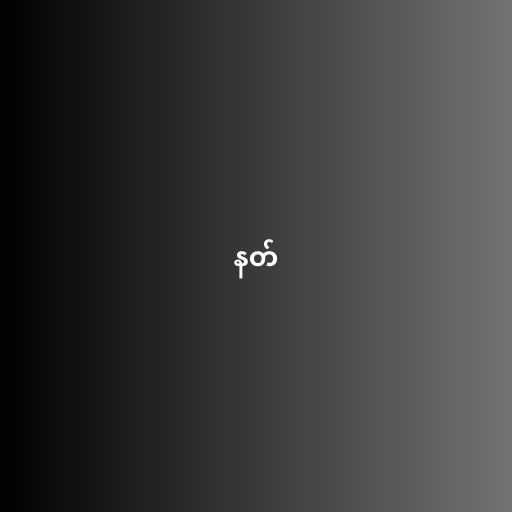
နတ်